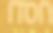
חסדו